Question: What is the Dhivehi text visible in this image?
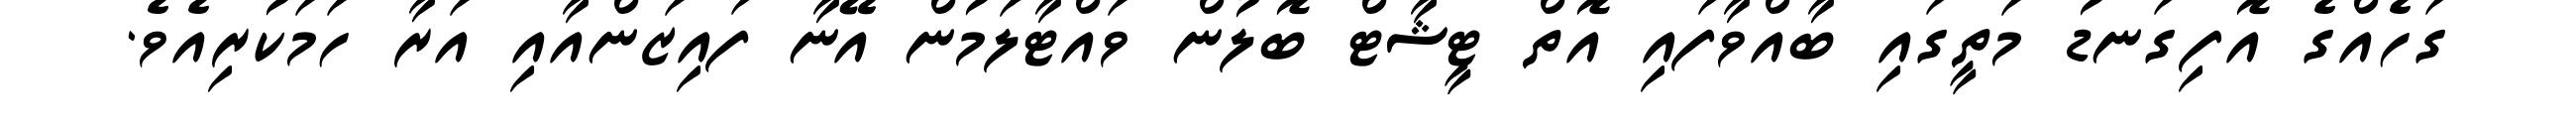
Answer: ގަހެއްގެ އޮފިގަނޑު މަތީގައި ބާއްވާފައި އޮތް ޓީޝާޓް ބޮލުން ވައްޓާލަމުން އޭނާ ފައިޒަންއާއި އަރާ ހަމަކުރިއެވެ.